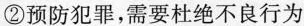
②预防犯罪，需要杜绝不良行为